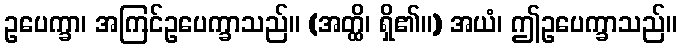
ဥပေက္ခာ၊ အကြင်ဥပေက္ခာသည်။ (အတ္ထိ၊ ရှိ၏။) အယံ၊ ဤဥပေက္ခာသည်။